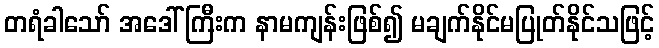
တရံခါသော် အဒေါ်ကြီးက နာမကျန်းဖြစ်၍ မချက်နိုင်မပြုတ်နိုင်သဖြင့်